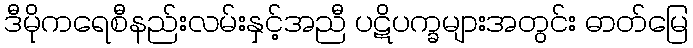
ဒီမိုကရေစီနည်းလမ်းနှင့်အညီ ပဋိပက္ခများအတွင်း ဓာတ်မြေ